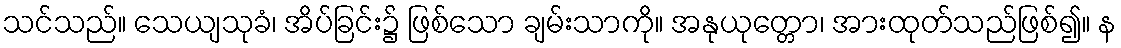
သင်သည်။ သေယျသုခံ၊ အိပ်ခြင်း၌ ဖြစ်သော ချမ်းသာကို။ အနုယုတ္တော၊ အားထုတ်သည်ဖြစ်၍။ န